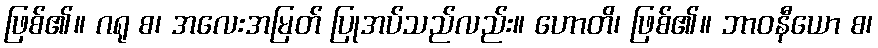
ဖြစ်၏။ ဂရု စ၊ အလေးအမြတ် ပြုအပ်သည်လည်း။ ဟောတိ၊ ဖြစ်၏။ ဘာဝနီယော စ၊